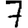
Digit: 7